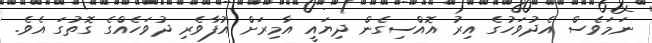
ނަމަވެސް އެދުވަހުގެ އިރު އޮއްސިގެން ދިޔައީ އާމިރަށް އުފާވެރި ދުވަހެއްގެ ގޮތުގަ އެވެ.